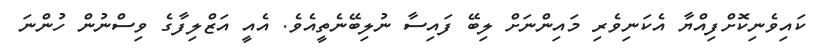
ކައިވެނިކޮށްފިއްޔާ އެކަނިވެރި މައިންނަށް ލިބޭ ފައިސާ ނުލިބޭނެތީއެވެ. އެއީ އަޒްލިފާގެ ވިސްނުން ހުންނަ